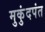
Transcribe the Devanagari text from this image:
मुकुंदपंत